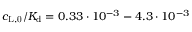
c _ { \mathrm { L , 0 } } / K _ { \mathrm { d } } = 0 . 3 3 \cdot 1 0 ^ { - 3 } - 4 . 3 \cdot 1 0 ^ { - 3 }